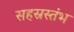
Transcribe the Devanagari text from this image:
सहस्रस्तंभ